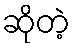
ဆိုတဲ့